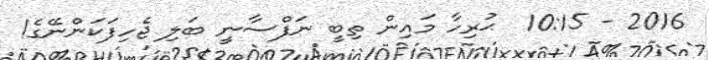
2016 - 10:15  ޙުރިހާ މައިން ތިބީ ނަފްސާނީ ބަލި ޖެހިފަކަންނޭގެ!